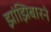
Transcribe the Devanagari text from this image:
झांझिबारने